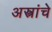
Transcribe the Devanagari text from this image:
अस्त्रांचे